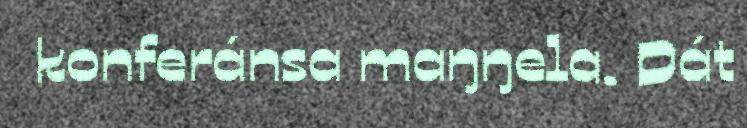
konferánsa maŋŋela. Dát